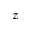
z